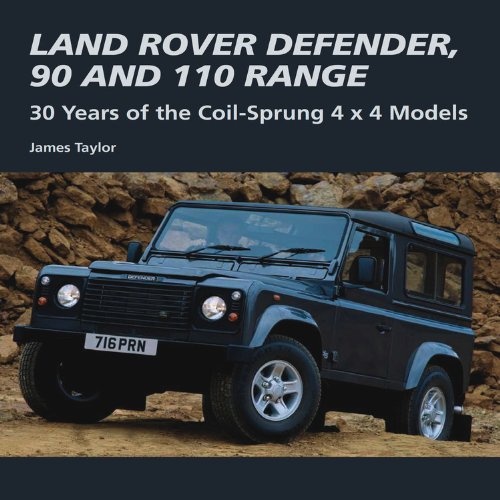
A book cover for Land Rover Defender, 90 and 110 Range: 30 Years of the Coil-Sprung 4 x 4 Models (Crowood Autoclassics); James Taylor; Science & Math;